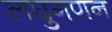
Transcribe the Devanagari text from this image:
लघुगणन